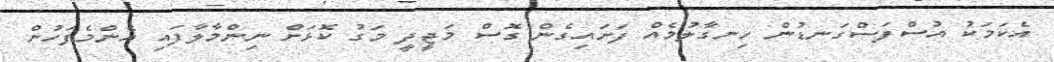
އެކަމަކު އުސްފަސްގަނޑުން ހިނގާލުމެއް ފަށައިގެން ގޮސް މަޖީދީ މަގު ކޮޅަށް ނިންމާލާފައި އެންމެފަހުން